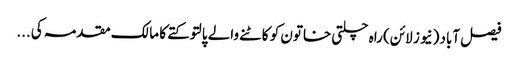
فیصل آباد (نیوز لائن) راہ چلتی خاتون کو کاٹنے والے پالتو کتے کا مالک مقدمہ کی...